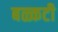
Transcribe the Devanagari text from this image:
बळ्कटी